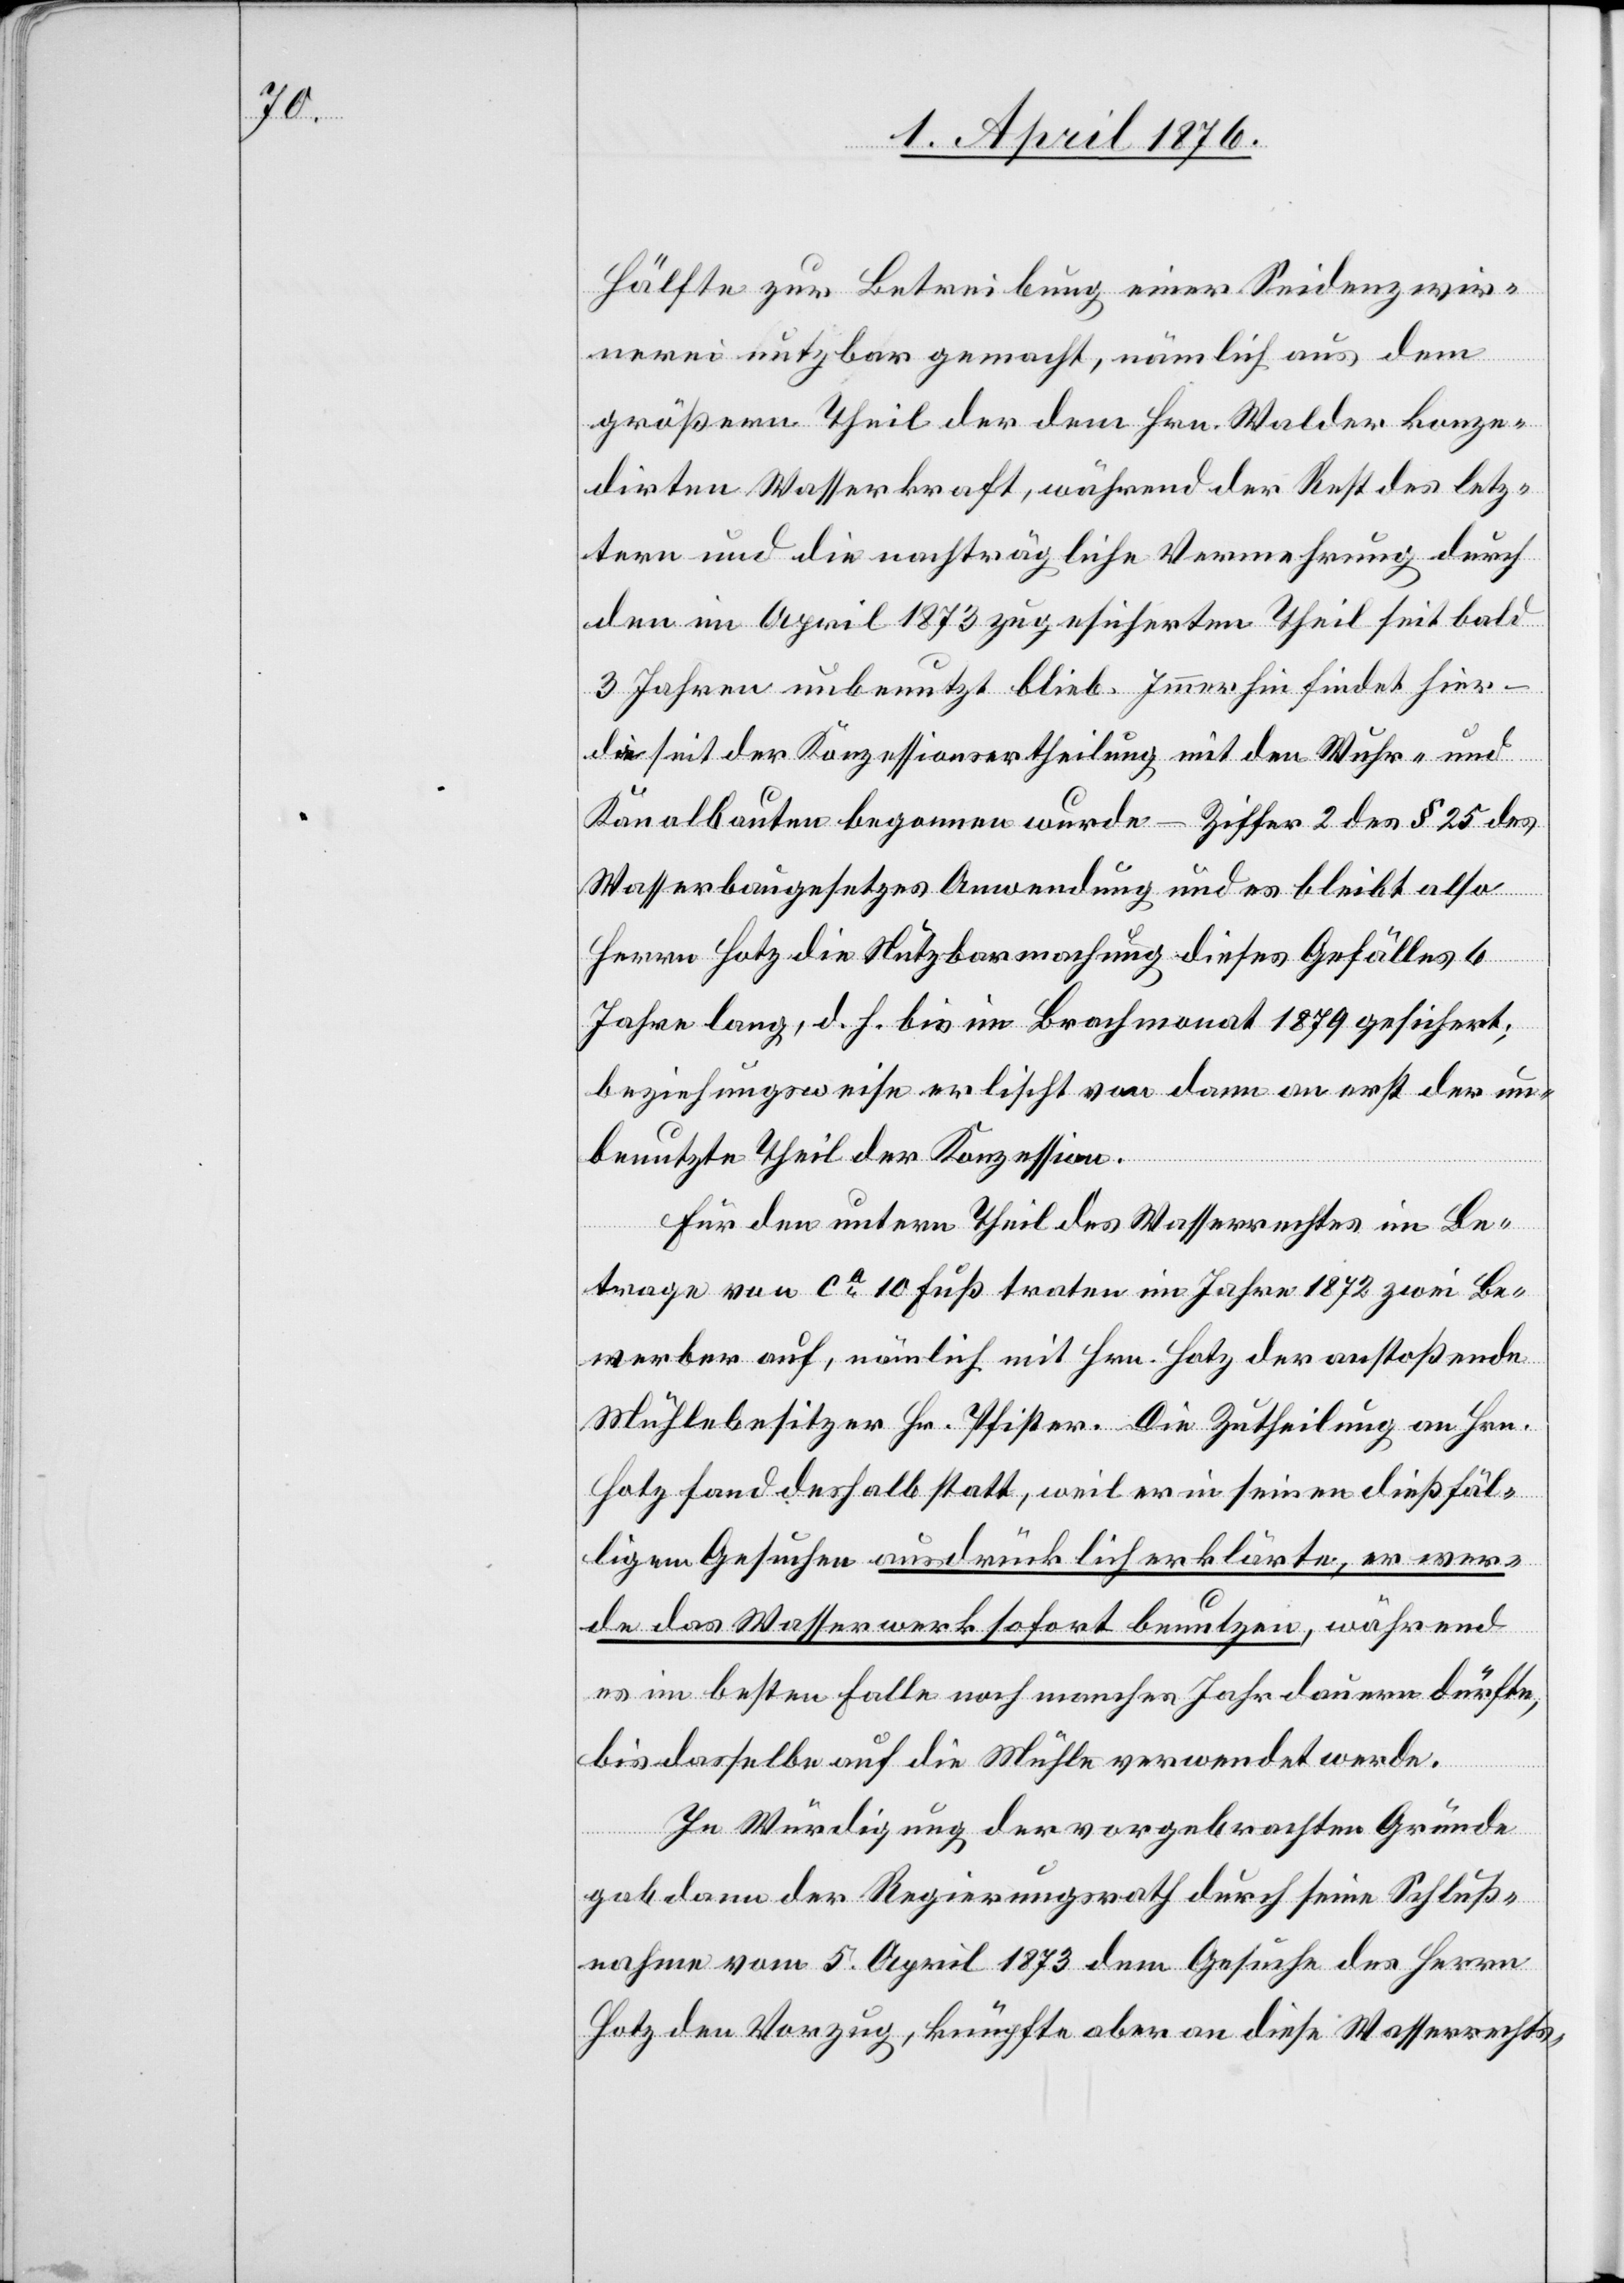
Hälfte zur Betreibung einer Seidenzwir¬
nerei nutzbar gemacht, nämlich aus dem
größern Theil der dem Hrn. Walder konze¬
dirten Wasserkraft, während der Rest des letz¬
tern und die nachträgliche Vermehrung durch
den im April 1873 zugesicherten Theil seit bald
3 Jahren unbenutzt blieb. Immerhin findet hier –
die seit der Konzessionstheilung mit den Wehr- und
Kanalbauten begonnen wurde – Ziffer 2 des § 25 des
Wasserbaugesetzes Anwendung und es bleibt also
Herrn Hotz diese Nutzbarmachung dieses Gefälles 6
Jahre lang, d. h. bis im Brachmonat 1879 gesichert;
beziehungsweise erlischt von dem an erst der un¬
benutzte Theil der Konzession.
Für den untern Theil des Wasserechtes im Be¬
trage von ca 10 Fuß traten im Jahre 1872 zwei Be¬
werber auf, nämlich mit Hrn. Hotz der anstoßende
Mühlebesitzer Hr. Pfister. Die Zutheilung an Hrn.
Hotz fand deshalb statt, weil er in seinen dießfäl¬
ligen Gesuchen ausdrücklich erklärte, er wer¬
de das Wasserwerk sofort benutzen, während
es im besten Falle noch manche Jahre dauern dürfte,
bis dasselbe auf die Mühle verwendet werde.
In Würdigung der vorgebrachten Gründe
gab dann der Regierungsrath durch seine Schluß¬
nahme vom 5. April 1873 dem Gesuche des Herrn
Hotz den Vorzug, knüpfte aber an diese Wasserrechts-